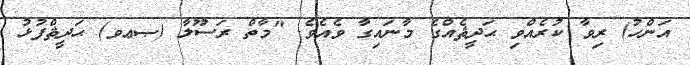
އަންހު) ރިވާ ކުރެއްވި ޙަދީޘެއްގެ މާނައިގާ ވެއެވެ. "މާތް ރަސޫލާ (ޞޢވ) ޙަދީޘްފުޅު